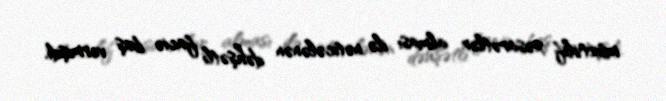
müxtəlif xəsarətlər alması ilə nəticələnən dəhşətli faciə baş vermişdi.